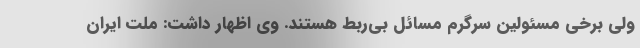
ولی برخی مسئولین سرگرم مسائل بی‌ربط هستند. وی اظهار داشت: ملت ایران